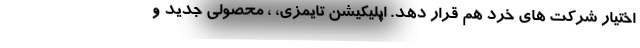
اختیار شرکت های خرد هم قرار دهد. اپلیکیشن تایمزی، ، محصولی جدید و